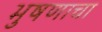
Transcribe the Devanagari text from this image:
भुषणाचा